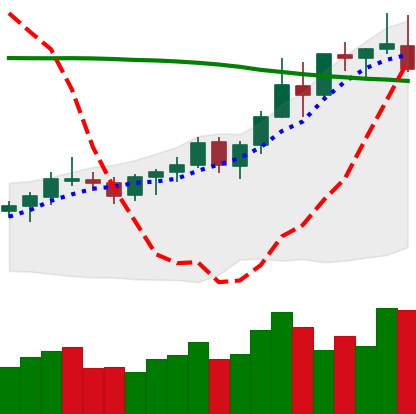
Ticker: BNB-USD
Chart end date: 2021-08-17
Forward return: 11.73%
Label: up_7plus